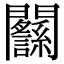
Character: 𨷸